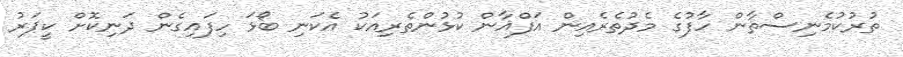
ތުރުކުމެނިސްތާން ހާފުގެ މެދުތެރެއިން އަފްޣާން ކުޅުންތެރިއަކު އެކަނި ބޯޅަ ހިފައިގެން ދަނިކޮށް ކީޕަރު